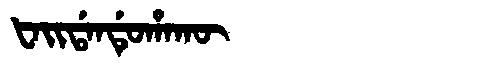
Manchu: ᡶᠠᡳᡩᠠᠨᡩᡠᡥᠠᡴᡡ
Romanization: FAIDANDUHAKŪ